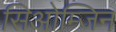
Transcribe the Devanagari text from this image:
सिओम्जिन